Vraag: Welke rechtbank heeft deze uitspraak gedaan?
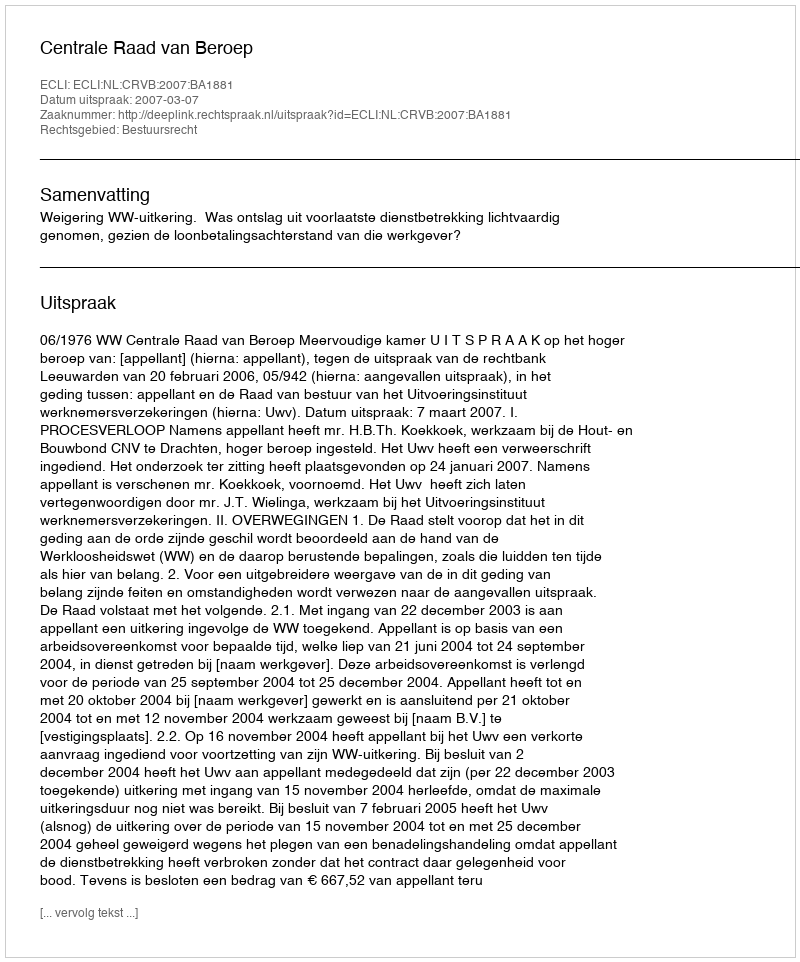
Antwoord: Centrale Raad van Beroep